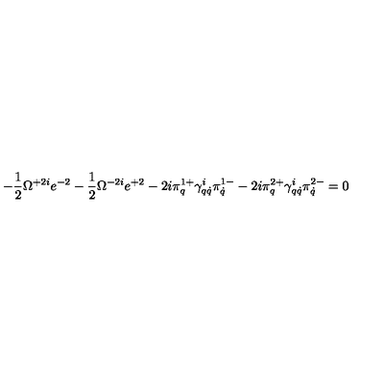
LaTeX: - \frac 1 2 \Omega ^ { + 2 i } e ^ { - 2 } - \frac 1 2 \Omega ^ { - 2 i } e ^ { + 2 } - 2 i \pi _ { q } ^ { 1 + } \gamma _ { q \dot { q } } ^ { i } \pi _ { \dot { q } } ^ { 1 - } - 2 i \pi _ { q } ^ { 2 + } \gamma _ { q \dot { q } } ^ { i } \pi _ { \dot { q } } ^ { 2 - } = 0